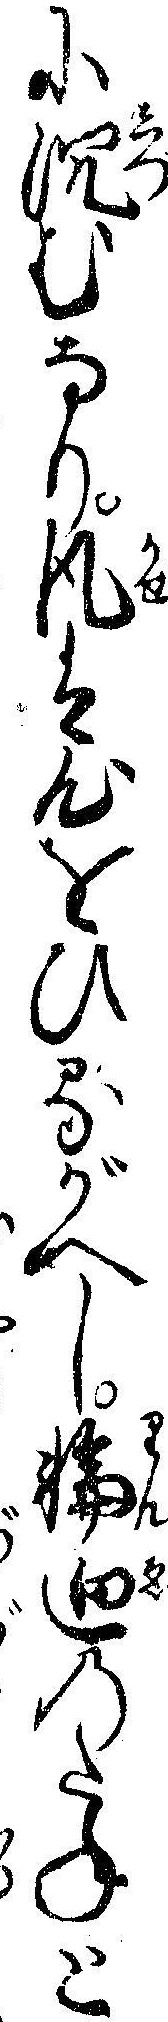
に沈むなり風は心をひるがへし輪廻のたねと